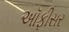
અૉફીસર